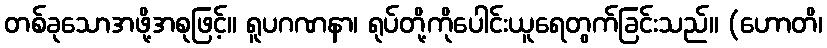
တစ်ခုသောအဖို့အစုဖြင့်။ ရူပဂဏနာ၊ ရုပ်တို့ကိုပေါင်းယူရေတွက်ခြင်းသည်။ (ဟောတိ၊